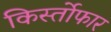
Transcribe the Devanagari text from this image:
किर्स्तोफार